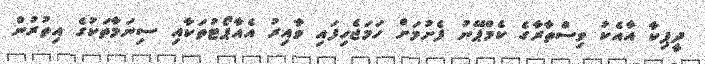
ދީޕިކާ އާއެކު ވިސްތާރާގެ ކެމްޕޭނު ފެށުމަށް ހަމަޖެހިފައި ވާއިރު އެއާޕޯޓުތަކާއި ސިނަމާތަކުގެ އިތުރުން